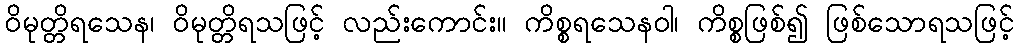
ဝိမုတ္တိရသေန၊ ဝိမုတ္တိရသဖြင့် လည်းကောင်း။ ကိစ္စရသေနဝါ၊ ကိစ္စဖြစ်၍ ဖြစ်သောရသဖြင့်